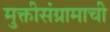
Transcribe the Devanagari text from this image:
मुक्तीसंग्रामाची